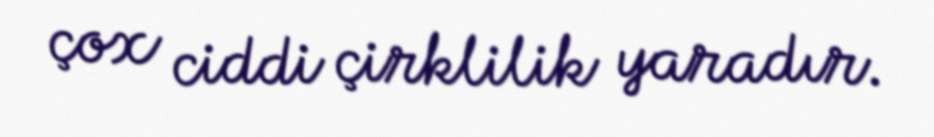
çox ciddi çirklilik yaradır.